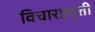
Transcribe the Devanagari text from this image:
विचारप्रवृत्ती